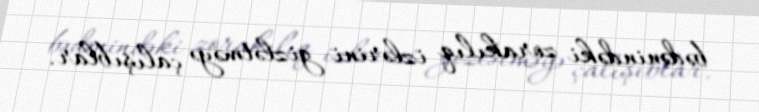
bədənindəki zorakılıq izlərini gizlətməyə çalışıblar.